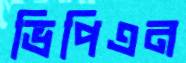
ভিপিএন